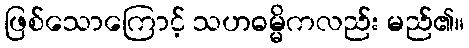
ဖြစ်သောကြောင့် သဟဓမ္မိကလည်း မည်၏။